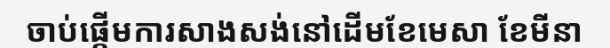
ចាប់ផ្តើមការសាងសង់នៅដើមខែមេសា ខែមីនា